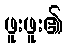
ဖူးဖူး၏